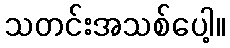
သတင်းအသစ်ပေါ့။